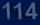
114